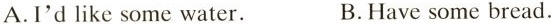
A.I'd like some water. B.Have some bread.